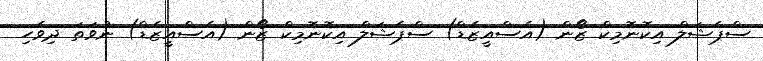
ސްޕެޝަލް އިކޮނޮމިކް ޒޯން (އެސްއީޒެޑް) ސްޕެޝަލް އިކޮނޮމިކް ޒޯން (އެސްއީޒެޑް) ނުވަތަ ދިވެހި